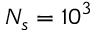
N _ { s } = 1 0 ^ { 3 }